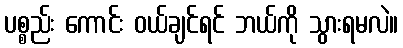
ပစ္စည်း ကောင်း ဝယ်ချင်ရင် ဘယ်ကို သွားရမလဲ။